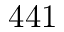
4 4 1